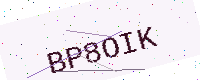
Text: BP8OIK